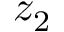
z _ { 2 }